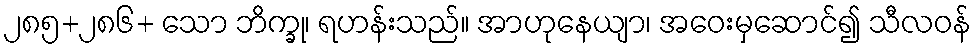
၂၈၅+၂၈၆+ သော ဘိက္ခု၊ ရဟန်းသည်။ အာဟုနေယျာ၊ အဝေးမှဆောင်၍ သီလဝန်